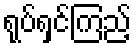
ရုပ်ရှင်ကြည့်